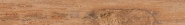
تجاربكم تفرحنا، رضاكم هدف